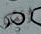
انت